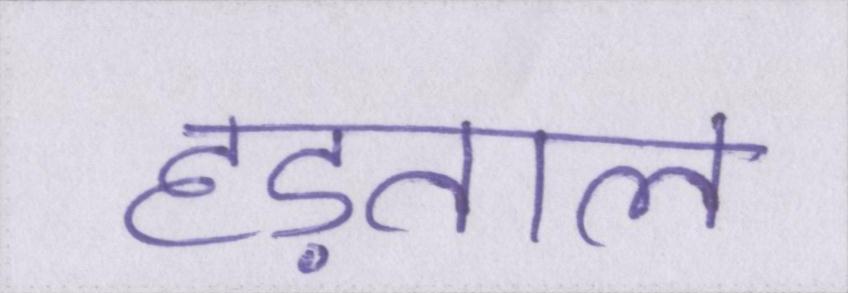
हड़ताल